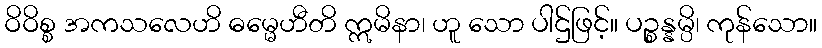
ဝိဝိစ္စ အကသလေဟိ ဓမ္မေဟီတိ ဣမိနာ၊ ဟူ သော ပါဌ်ဖြင့်။ ပဉ္စန္နမ္ပိ၊ ကုန်သော။